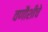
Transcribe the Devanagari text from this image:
वणौशीचे